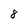
Character: 8